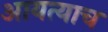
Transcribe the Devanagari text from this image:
आयत्याच